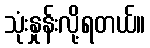
သုံးနှုန်းလို့ရတယ်။